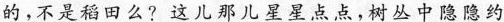
的。不是稻田么?这儿那儿星星点点，树丛中隐隐约